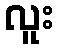
လူး